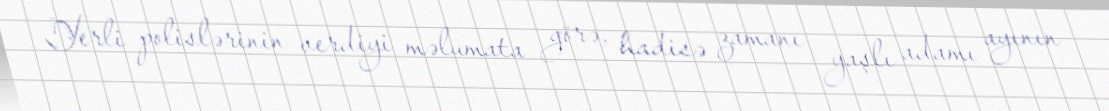
Yerli polislərinin verdiyi məlumata görə, hadisə zamanı yaşlı adamı ayının